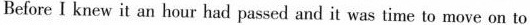
Before I knew it an hour had passed and it was time to move on to